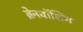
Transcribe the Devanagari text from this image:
ब्रेनवॉशिंग